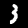
Label: 3